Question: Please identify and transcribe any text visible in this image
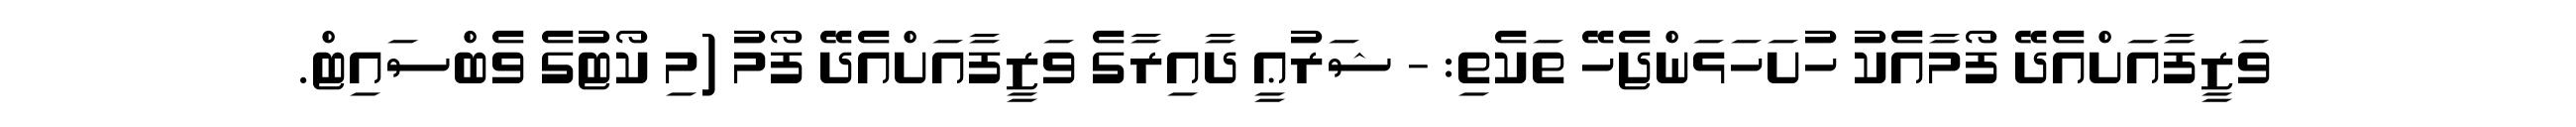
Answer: ވަޒީފާއަށްއެދޭ ފޯމާއެކު ހުށަހަޅަންޖެހޭ ތަކެތި: - ޝަރުޢީ ދާއިރާގެ ވަޒީފާއަށްއެދޭ ފޯމު (މި ކޯޓުގެ ވެބްސައިޓް.